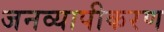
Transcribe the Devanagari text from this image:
जनव्यापीकरण